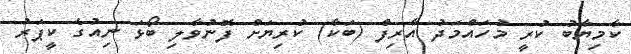
ކާމިޔާބު ކުރީ މުހައްމަދު އާރިފް (ބަކާ) ކުރިޔަށް ފޮނުވާލި ބޯޅަ ނިއުގެ ކީޕަރު